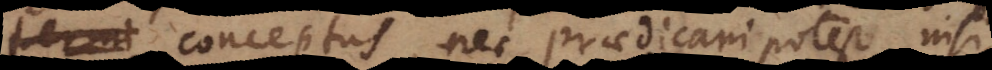
conceptus, nec praedicari potest nisi